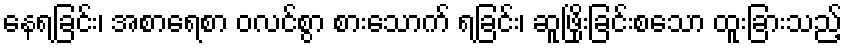
နေရခြင်း၊ အစာရေစာ ဝလင်စွာ စားသောက် ရခြင်း၊ ဆူဖြိုးခြင်းစသော ထူးခြားသည့်